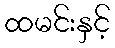
ထမင်းနှင့်